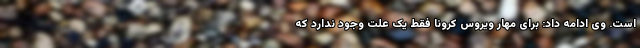
است. وی ادامه داد: برای مهار ویروس کرونا فقط یک علت وجود ندارد که